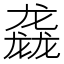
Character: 𮹝